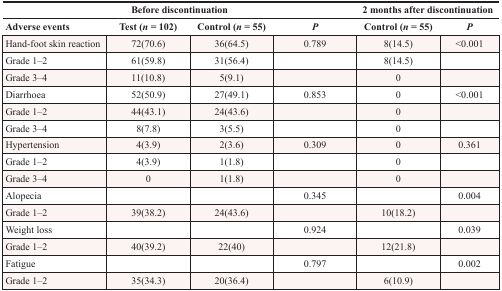
|  | <COLSPAN=3> Before discontinuation | <COLSPAN=2> 2 months after discontinuation |
 | Adverse events | Test (n = 102) | Control (n = 55) | P | Control (n = 55) | P |
 | --- | --- | --- | --- | --- | --- |
 | Hand-foot skin reaction | 72(70.6) | 36(64.5) | 0.789 | 8(14.5) | <0.001 |
 | Grade 1–2 | 61(59.8) | 31(56.4) |  | 8(14.5) |  |
 | Grade 3–4 | 11(10.8) | 5(9.1) |  | 0 |  |
 | Diarrhoea | 52(50.9) | 27(49.1) | 0.853 | 0 | <0.001 |
 | Grade 1–2 | 44(43.1) | 24(43.6) |  | 0 |  |
 | Grade 3–4 | 8(7.8) | 3(5.5) |  | 0 |  |
 | Hypertension | 4(3.9) | 2(3.6) | 0.309 | 0 | 0.361 |
 | Grade 1–2 | 4(3.9) | 1(1.8) |  | 0 |  |
 | Grade 3–4 | 0 | 1(1.8) |  | 0 |  |
 | Alopecia |  |  | 0.345 |  | 0.004 |
 | Grade 1–2 | 39(38.2) | 24(43.6) |  | 10(18.2) |  |
 | Weight loss |  |  | 0.924 |  | 0.039 |
 | Grade 1–2 | 40(39.2) | 22(40) |  | 12(21.8) |  |
 | Fatigue |  |  | 0.797 |  | 0.002 |
 | Grade 1–2 | 35(34.3) | 20(36.4) |  | 6(10.9) |  |